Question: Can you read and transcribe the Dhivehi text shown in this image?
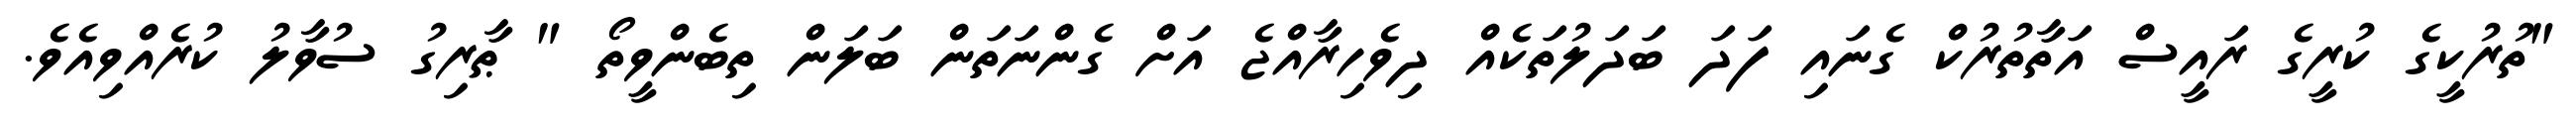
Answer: "ތުރުކީގެ ކުރީގެ ރައީސް އަތާތުރުކް ގެނައި ފަދަ ބަދަލުތަކެއް ދިވެހިރާއްޖެ އަށް ގެންނަތަން ބަލަން ތިބެންވީތޯ " ޠާރިގު ސުވާލު ކުރެއްވިއެވެ.